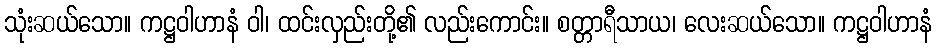
သုံးဆယ်သော။ ကဋ္ဌဝါဟာနံ ဝါ၊ ထင်းလှည်းတို့၏ လည်းကောင်း။ စတ္တာရီသာယ၊ လေးဆယ်သော။ ကဋ္ဌဝါဟာနံ